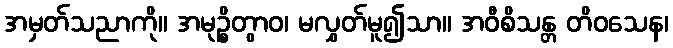
အမှတ်သညာကို။ အမုဉ္စိတွာဝ၊ မလွှတ်မူ၍သာ။ အဝီစိသန္တ တိဝသေန၊